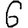
Digit: 6